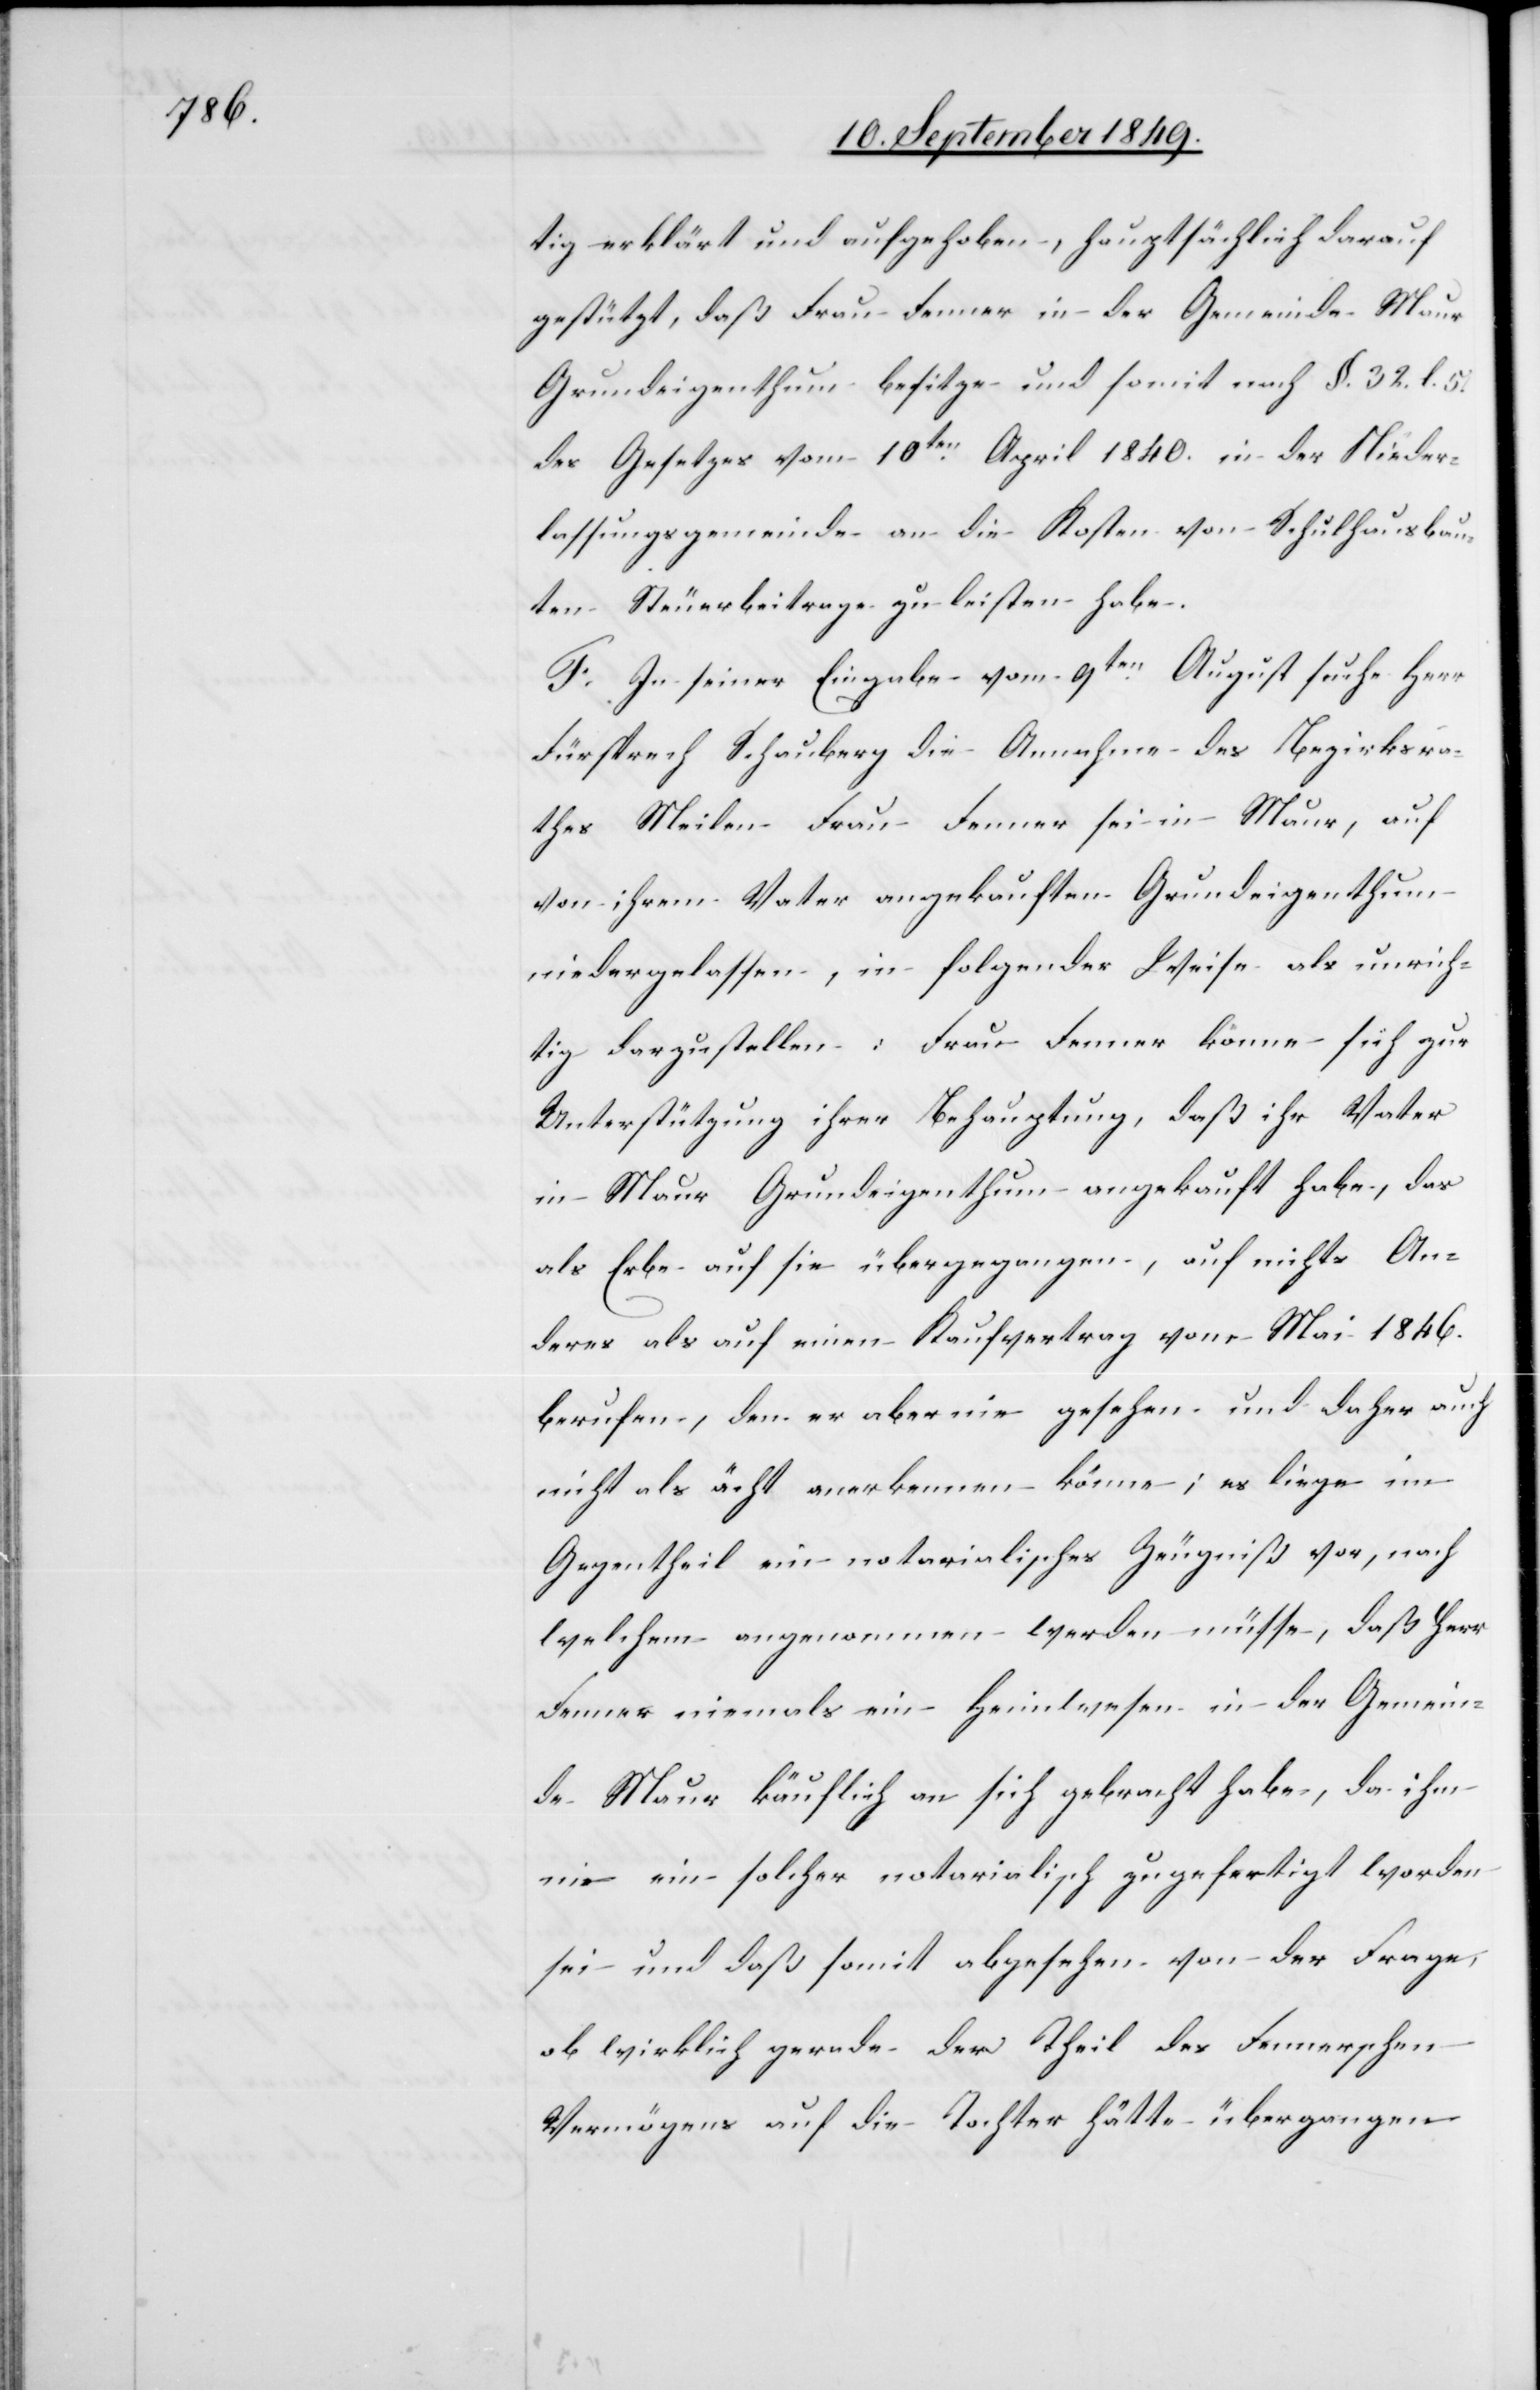
tig erklärt und aufgehoben, hauptsächlich darauf
gestützt, daß Frau Fenner in der Gemeinde Maur
Grundeigenthum besitze und somit nach §. 32. l. 5.
des Gesetzes vom 10ten April 1840. in der Nieder¬
lassungsgemeinde an die Kosten von Schulhausbau¬
ten Steuerbeitrage zu leisten habe.
F. In seiner Eingabe vom 9ten August suche Herr
Fürsprech Schauberg die Annahme des Bezirksra¬
thes Meilen Frau Fenner sei in Maur, auf
von ihrem Vater angekauften Grundeigenthum
niedergelassen, in folgender Weise als unrich¬
tig darzustellen: Frau Fenner könne sich zur
Unterstützung ihrer Behauptung, daß ihr Vater
in Maur Grundeigenthum angekauft habe, das
als Erbe auf sie übergegangen, auf nichts An¬
deres als auf einen Kaufvertrag vom Mai 1846.
berufen, den er aber nie gesehen und daher auch
nicht als ächt anerkennen könne; es liege im
Gegentheil ein notarialisches Zeugniß vor, nach
Fenner angenommen werden müsse, daß Herr
Fenner niemals ein Heimwesen in der Gemein¬
de Mauer käuflich an sich gebracht habe, da ihm
nie ein solcher notarialisch zugefertigt worden
sei und daß somit abgesehen von der Frage,
ob wirklich gerade der Theil des Fennerschen
Vermögens auf die Tochter hätte übergegangen